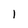
Character: 1